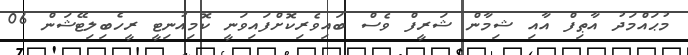
މުޙައްމަދު އާޠިފް އާއި ޝިމާން ޝަރީފް ވެސް ބައިވެރިކޮށްފައިވަނީ ކޮމިއުނިޓީ ރީހެބިލިޓޭޝަން 06